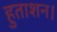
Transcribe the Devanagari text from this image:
हुताशन।